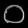
Digit: ၀